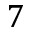
7